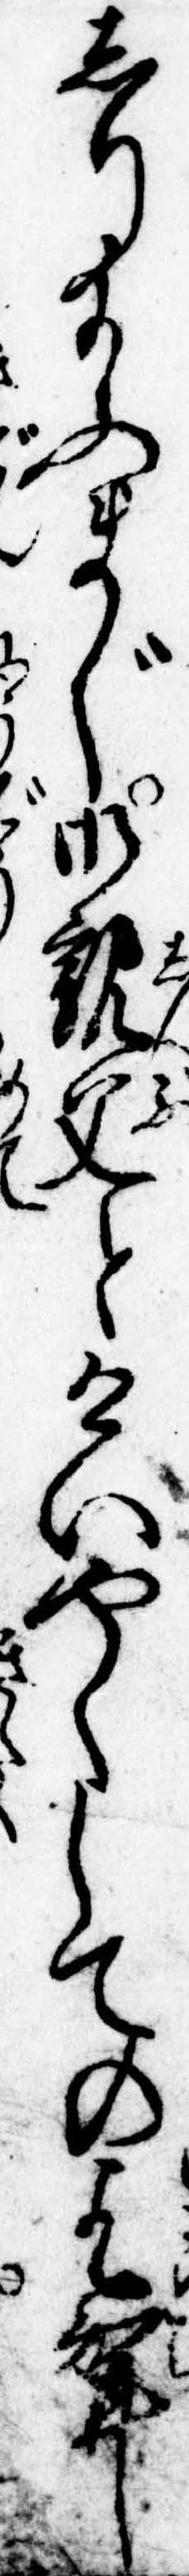
しり給ふまじ御親父とけいやくしての乞婿